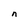
Character: n